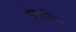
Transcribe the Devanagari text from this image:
वेस्ट्पेपर